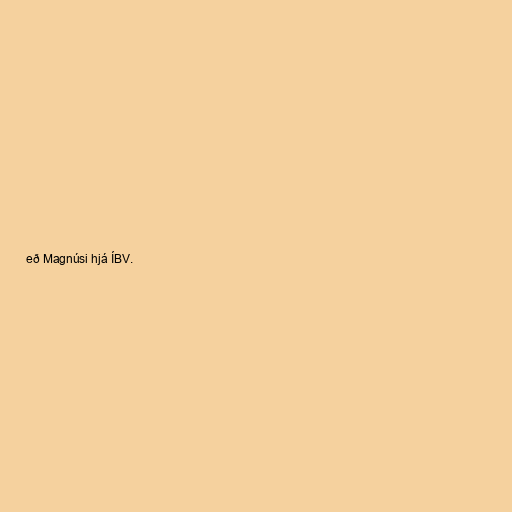
eð Magnúsi hjá ÍBV.